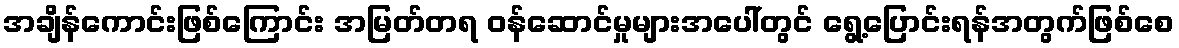
အချိန်ကောင်းဖြစ်ကြောင်း အမြတ်တရ ဝန်ဆောင်မှုများအပေါ်တွင် ရွေ့ပြောင်းရန်အတွက်ဖြစ်စေ